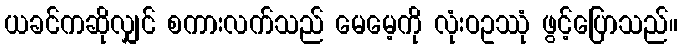
ယခင်ကဆိုလျှင် စကားလက်သည် မေမေ့ကို လုံးဝဥဿုံ ဖွင့်ပြောသည်။